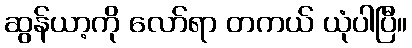
ဆွန်ယာ့ကို လော်ရာ တကယ် ယုံပါပြီ။